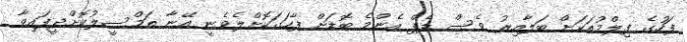
ފަހުގެ ފިލްމުތަކަށް ބަލާއިރު ވެސް ޑެޕް އެންމެ ބޮޑަށް ފާހަގަކޮށްލެވެނީ އޭނާ ތަމްސީލުކޮށްދީފައިވާ